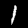
Label: 1